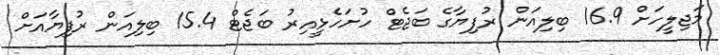
މަޖިލީހަށް 16.9 ބިލިއަން ރުފިޔާގެ ބަޖެޓް ހުށަހެޅީއިރު ބަޖެޓް 15.4 ބިލިއަން ރުފިޔާއަށް